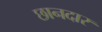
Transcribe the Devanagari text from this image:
छानदार